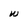
Character: w